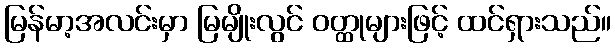
မြန်မာ့အလင်းမှာ မြမျိုးလွင် ဝတ္ထုများဖြင့် ထင်ရှားသည်။